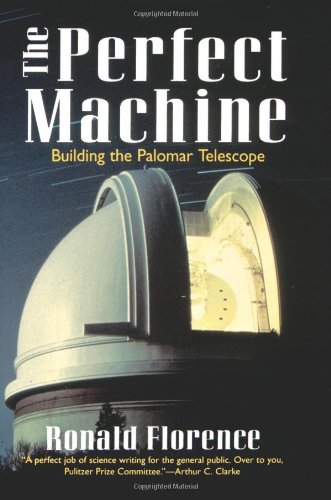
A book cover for The Perfect Machine: Building the Palomar Telescope; Ronald Florence; Science & Math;